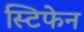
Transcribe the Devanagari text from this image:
स्टिफेन